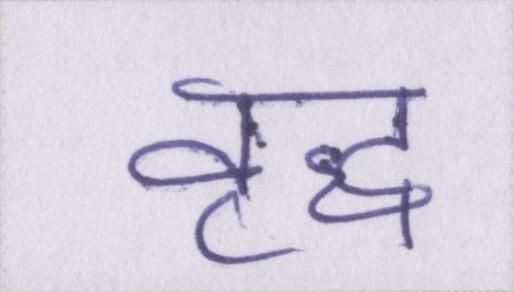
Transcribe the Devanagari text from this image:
वृद्ध